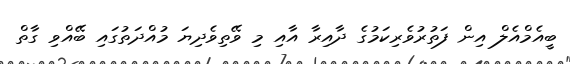
ބީއެމްއެލް އިން ފަތުރުވެރިކަމުގެ ދާއިރާ އާއި މި ވޭތިވެދިޔަ މުއްދަތުގައި ބޭއްވި ގާތް